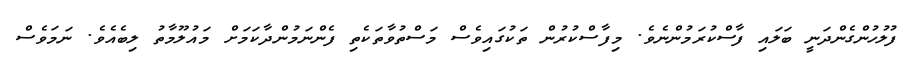
ފުލުހުންގެންދަނީ ބަލައި ފާސްކުރަމުންނެވެ. މިފާސްކުރުން ތަކުގައިވެސް މަސްތުވާތަކެތި ފެންނަމުންދާކަމަށް މައުލޫމާތު ލިބެއެވެ. ނަމަވެސް